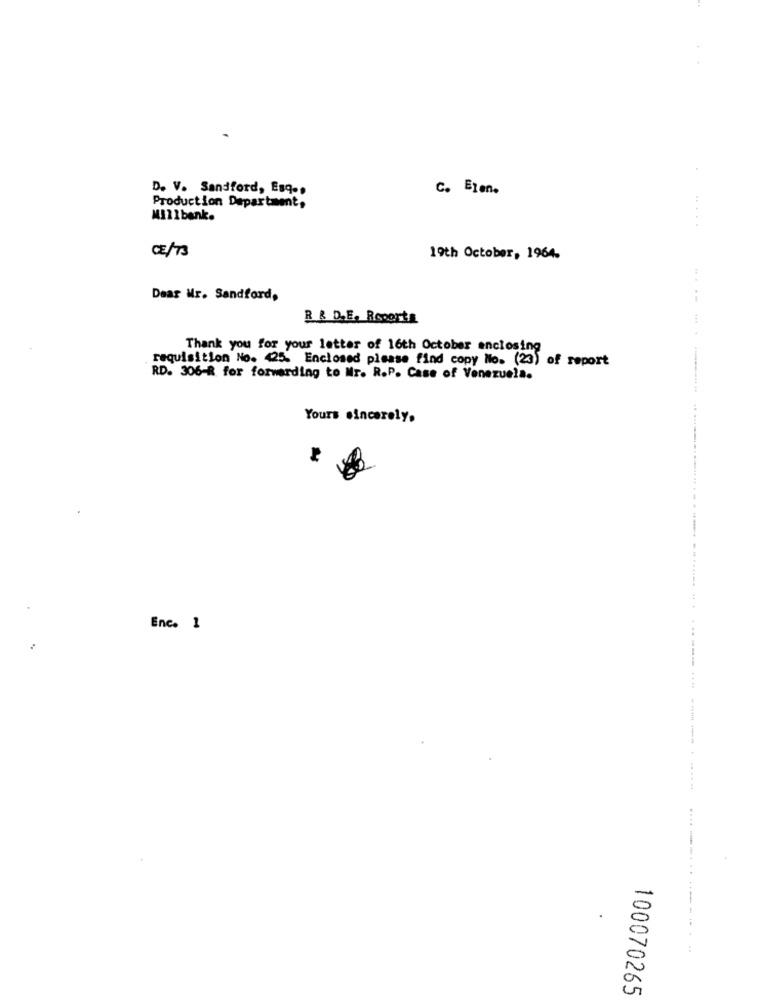
D. V. Sandford, Esq ..
C. Elene
Production Department,
Millbank.
......
CE/73
19th October, 1964.
Dear Mr. Sandford,
--
R & D.E. Reporta
Thank you for your letter of 16th October enclosing
requisition No. 425. Enclosed please find copy No. (23) of report
RD. 306-R for forwarding to Mr. R.P. Case of Venezuela.
Yours sincerely.
Enc. 1
... . ............. .... ............ .. .. . ....... ............------- --- -----
...
100070265